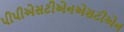
પીપીએસટીએનએસટીએન